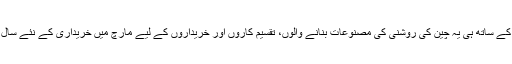
بہار کی آمد کے ساتھ ہی یہ چین کی روشنی کی مصنوعات بنانے والوں، تقسیم کاروں اور خریداروں کے لیے مارچ میں خریداری کے نئے سال کا آغاز ہے۔